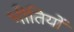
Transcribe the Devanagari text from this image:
भीतियों